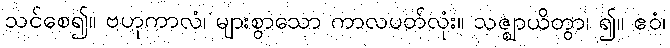
သင်စေ၍။ ဗဟုကာလံ၊ များစွာသော ကာလပတ်လုံး။ သဇ္ဈာယိတွာ၊ ၍။ ဧဝံ၊